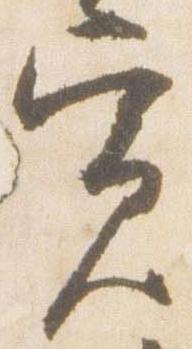
寛